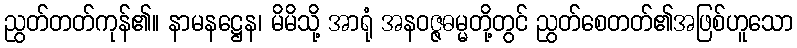
ညွတ်တတ်ကုန်၏။ နာမနဋ္ဌေန၊ မိမိသို့ အာရုံ အနဝဇ္ဇဓမ္မတို့တွင် ညွတ်စေတတ်၏အဖြစ်ဟူသော